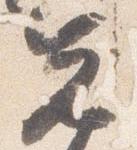
先